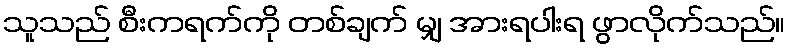
သူသည် စီးကရက်ကို တစ်ချက် မျှ အားရပါးရ ဖွာလိုက်သည်။